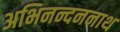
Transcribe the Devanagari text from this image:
अभिनन्दननाथ